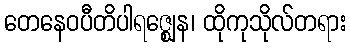
တေနေဝပီတိပါရဇ္ဈေန၊ ထိုကုသိုလ်တရား